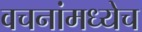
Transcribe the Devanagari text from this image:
वचनांमध्येच